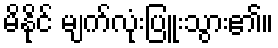
မိနိုင် မျက်လုံးပြူးသွား၏။